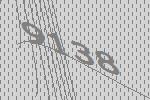
9138